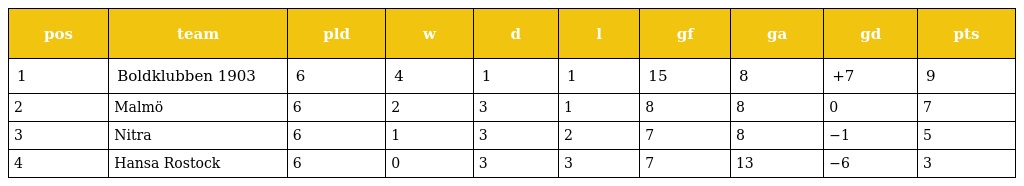
| pos | team | pld | w | d | l | gf | ga | gd | pts |
 | --- | --- | --- | --- | --- | --- | --- | --- | --- | --- |
 | 1 | Boldklubben 1903 | 6 | 4 | 1 | 1 | 15 | 8 | +7 | 9 |
 | 2 | Malmö | 6 | 2 | 3 | 1 | 8 | 8 | 0 | 7 |
 | 3 | Nitra | 6 | 1 | 3 | 2 | 7 | 8 | −1 | 5 |
 | 4 | Hansa Rostock | 6 | 0 | 3 | 3 | 7 | 13 | −6 | 3 |